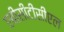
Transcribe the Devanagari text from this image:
एबीसीटीसीएल